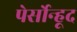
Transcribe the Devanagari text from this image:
पेर्सोन्हूद